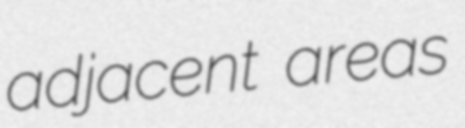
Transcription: adjacent areas